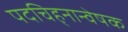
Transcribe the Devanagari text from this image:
पदचिह्‌नान्वेषक